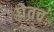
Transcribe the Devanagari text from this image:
घेतच